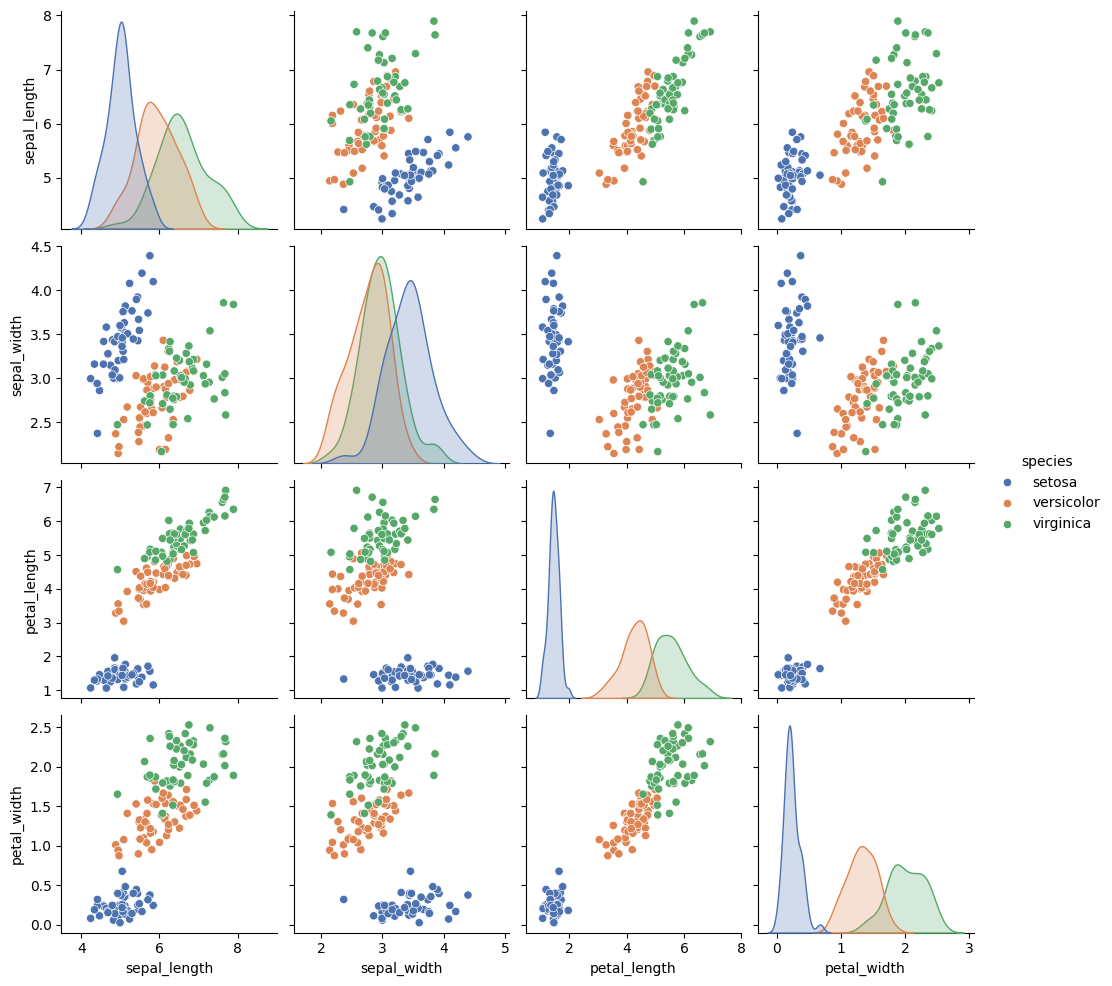
python, seaborn, pairplot, palette='deep', markers=['o'], kind='scatter', diag_kind='auto'